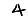
Digit: 4